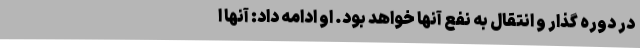
در دوره گذار و انتقال به نفع آنها خواهد بود. او ادامه داد: آنها ا